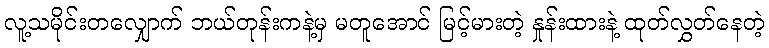
လူ့သမိုင်းတလျှောက် ဘယ်တုန်းကနဲ့မှ မတူအောင် မြင့်မားတဲ့ နှုန်းထားနဲ့ ထုတ်လွှတ်နေတဲ့